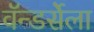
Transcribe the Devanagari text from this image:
वॅन्डर्सेला